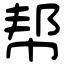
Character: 帮